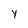
Character: y